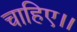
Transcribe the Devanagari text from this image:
चाहिए।।